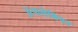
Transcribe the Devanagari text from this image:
ॲपालेशियन